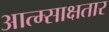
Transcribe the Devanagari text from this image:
आत्म्साक्षतार